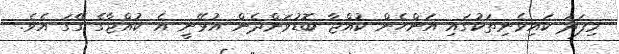
މިފަދަ ކައިވެނިތަކުގައި އަންހެން ކުއްޖާ ބޮޑުވަންދެން އުޅޭނީ އެ ކުއްޖާގެ ގޭގަ އެވެ.